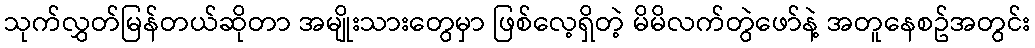
သုက်လွှတ်မြန်တယ်ဆိုတာ အမျိုးသားတွေမှာ ဖြစ်လေ့ရှိတဲ့ မိမိလက်တွဲဖော်နဲ့ အတူနေစဥ်အတွင်း